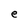
Character: e